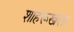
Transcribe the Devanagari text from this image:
शाहरूखला